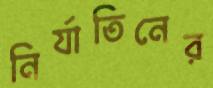
নির্যাতিনের